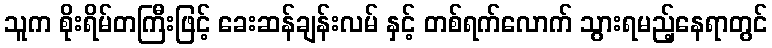
သူက စိုးရိမ်တကြီးဖြင့် ခေးဆန်ချန်းလမ် နှင့် တစ်ရက်လောက် သွားရမည့်နေရာတွင်